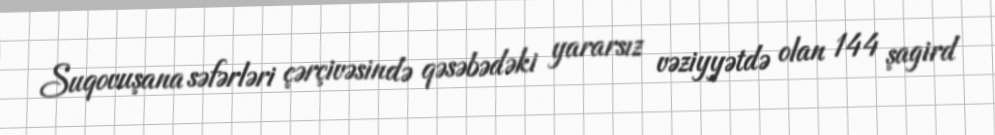
Suqovuşana səfərləri çərçivəsində qəsəbədəki yararsız vəziyyətdə olan 144 şagird